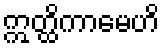
ဣတ္ထိကာမေဟိ